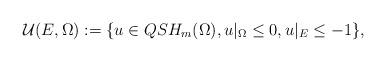
LaTeX: \begin{align*} \mathcal{U}( E ,\Omega): =\{ u\in QSH_m(\Omega) , u\vert_{\Omega}\leq 0,u\vert_{E}\leq -1 \}, \end{align*}